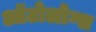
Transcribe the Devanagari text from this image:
ऑटोलोग्स